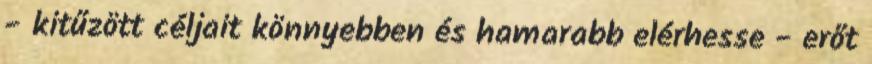
- kitűzött céljait könnyebben és hamarabb elérhesse - erőt